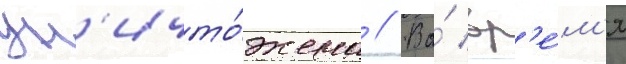
ун'ичто́жена // Во́ вр'е́м'я